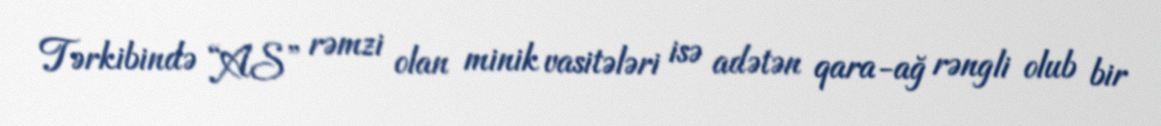
Tərkibində “AS” rəmzi olan minik vasitələri isə adətən qara-ağ rəngli olub bir